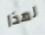
لهذا